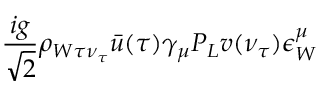
\frac { i g } { \sqrt { 2 } } \rho _ { W \tau \nu _ { \tau } } \bar { u } ( \tau ) \gamma _ { \mu } P _ { L } v ( \nu _ { \tau } ) \epsilon _ { W } ^ { \mu }